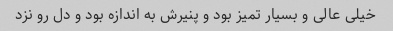
خیلى عالى و بسیار تمیز بود و پنیرش به اندازه بود و دل رو نزد